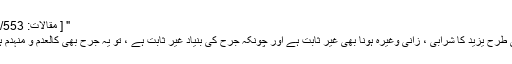
" [ مقالات: 5/553 ]
اسی طرح یزید کا شرابی ، زانی وغیرہ ہونا بھی غیر ثابت ہے اور چونکہ جرح کی بنیاد غیر ثابت ہے ، تو یہ جرح بھی کالعدم و منہدم ہے۔